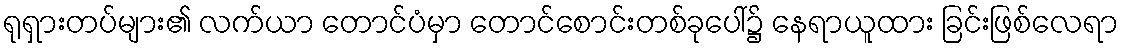
ရုရှားတပ်များ၏ လက်ယာ တောင်ပံမှာ တောင်စောင်းတစ်ခုပေါ်၌ နေရာယူထား ခြင်းဖြစ်လေရာ